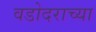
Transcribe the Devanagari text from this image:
वडोदराच्या